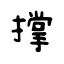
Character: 撑